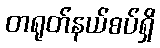
တရုတ်နယ်စပ်ရှိ